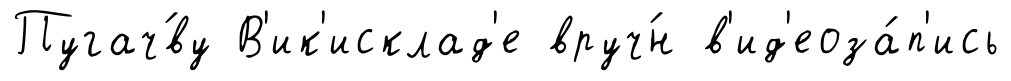
Пугач́ву В'ик'исклад'е вруч́н в'ид'еоза́п'ись